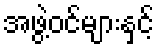
အဖွဲ့ဝင်များနှင့်